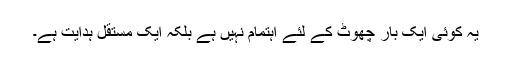
یہ کوئی ایک بار چھوٹ کے لئے اہتمام نہیں ہے بلکہ ایک مستقل ہدایت ہے۔